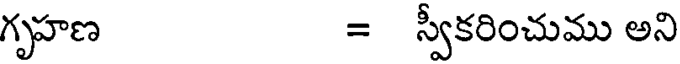
గృహణ = స్వీకరించుము అని